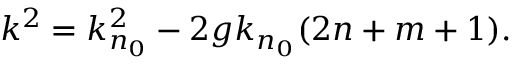
\begin{array} { r } { k ^ { 2 } = k _ { n _ { 0 } } ^ { 2 } - 2 g k _ { n _ { 0 } } ( 2 n + m + 1 ) . } \end{array}